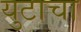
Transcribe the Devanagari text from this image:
युटाचा